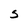
Character: s